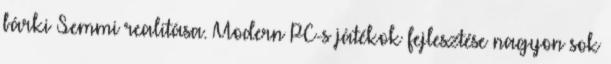
bárki Semmi realitása. Modern PC-s játékok fejlesztése nagyon sok